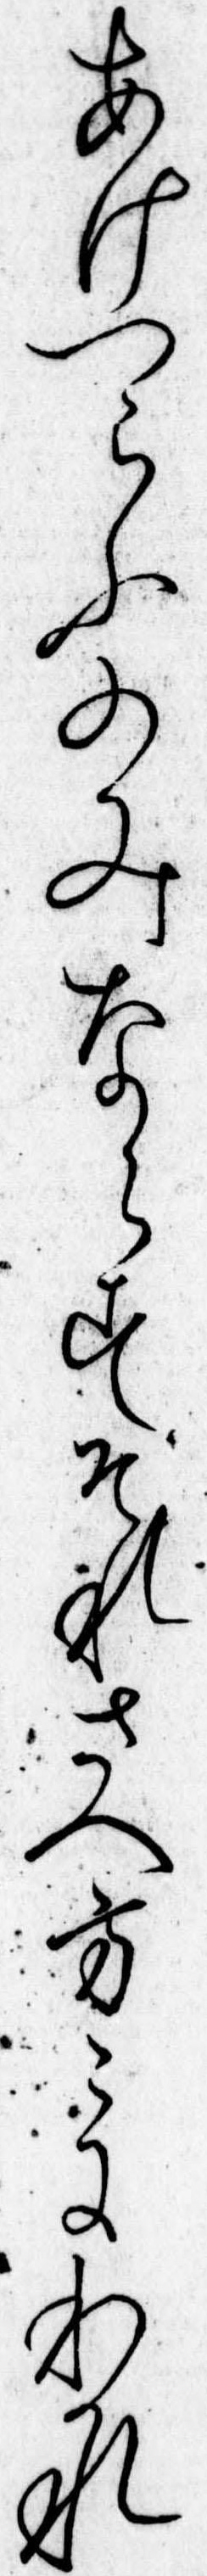
あけつらふのみならすそれさへ方にわかれ